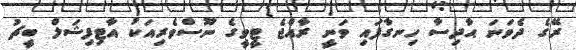
ރޭގެ ދެވަނަ ޙާދިސާ ހިނގާފައި ވަނީ ރާއްޖެ ޓީވީގެ ނޫސްވެރިއަކު އާޓިފިޝަލް ބީޗު